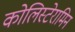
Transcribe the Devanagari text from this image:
कोलिस्टेरामिन